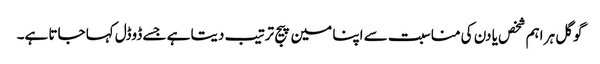
گوگل ہر اہم شخص یا دن کی مناسبت سے اپنا مین پیج ترتیب دیتا ہے جسے ڈوڈل کہا جاتا ہے۔